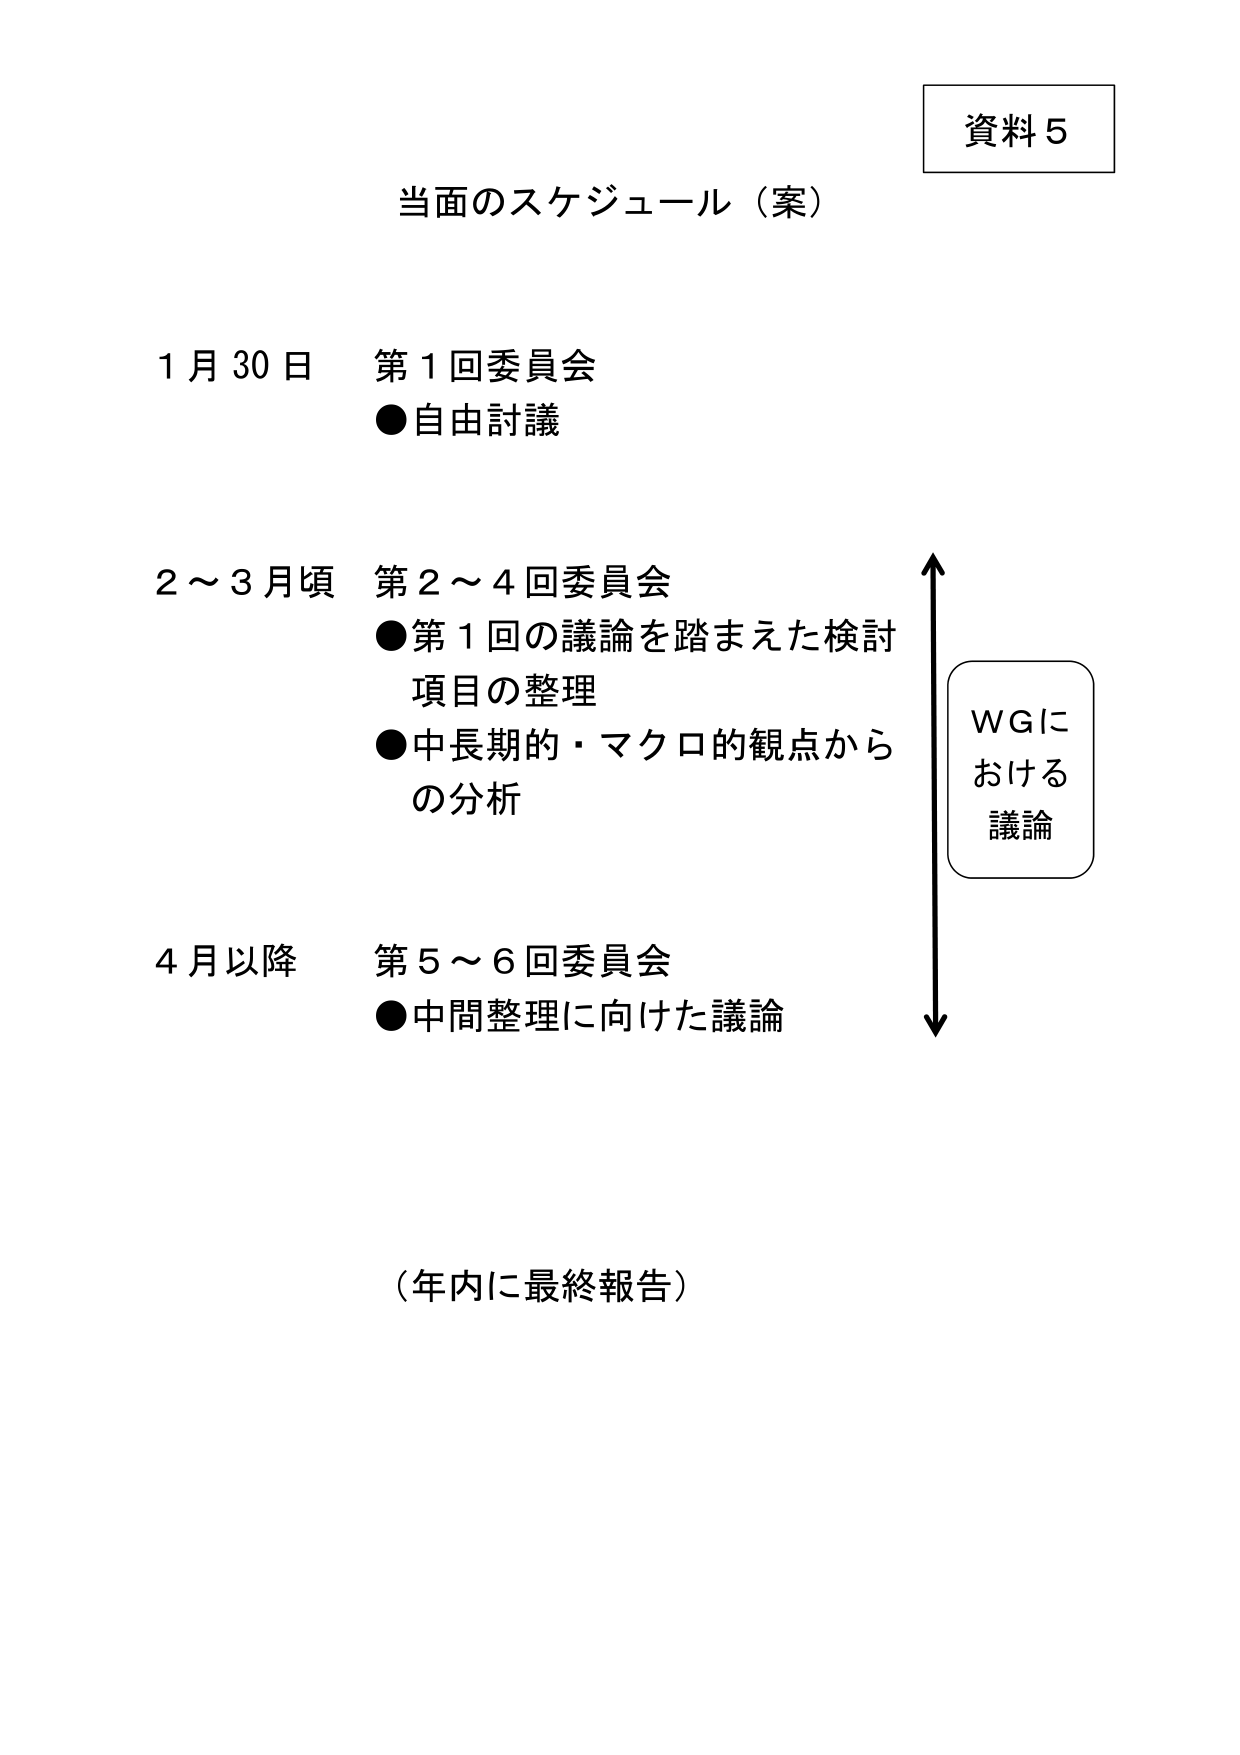
資料５

当面のスケジュール（案）

1月30日 第1回委員会
●自由討議

2～3月頃 第2～4回委員会
●第1回の議論を踏まえた検討
項目の整理
●中長期的・マクロ的観点からの分析

4月以降 第5～6回委員会
●中間整理に向けた議論

WGにおける
議論

（年内に最終報告）